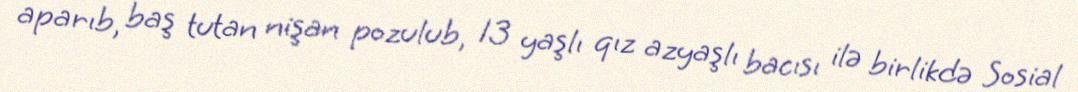
aparıb, baş tutan nişan pozulub, 13 yaşlı qız azyaşlı bacısı ilə birlikdə Sosial